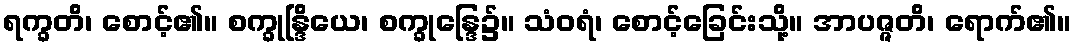
ရက္ခတိ၊ စောင့်၏။ စက္ခုန္ဒြိယေ၊ စက္ခုန္ဒြေ၌။ သံဝရံ၊ စောင့်ခြေင်းသို့။ အာပဇ္ဇတိ၊ ရောက်၏။